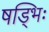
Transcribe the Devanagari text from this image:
षड्भिः